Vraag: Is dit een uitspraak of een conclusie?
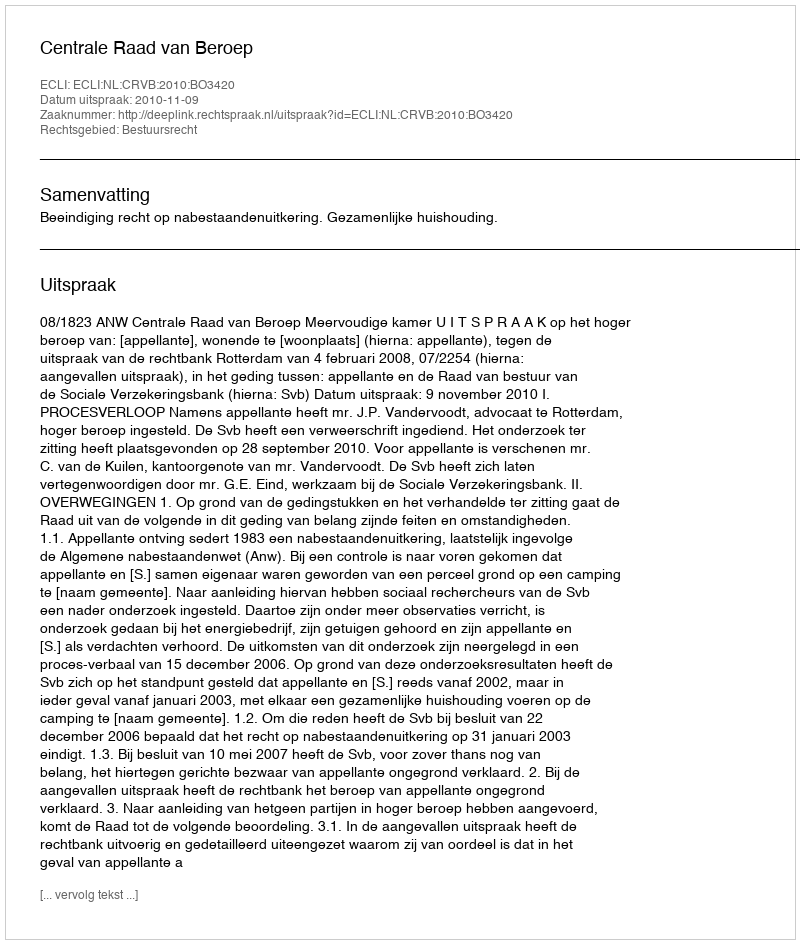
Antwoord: Uitspraak